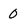
Character: 0